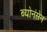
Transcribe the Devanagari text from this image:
ब्योनंसेन